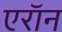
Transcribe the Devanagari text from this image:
एराॅन